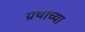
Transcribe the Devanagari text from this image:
ग्रथांच्या